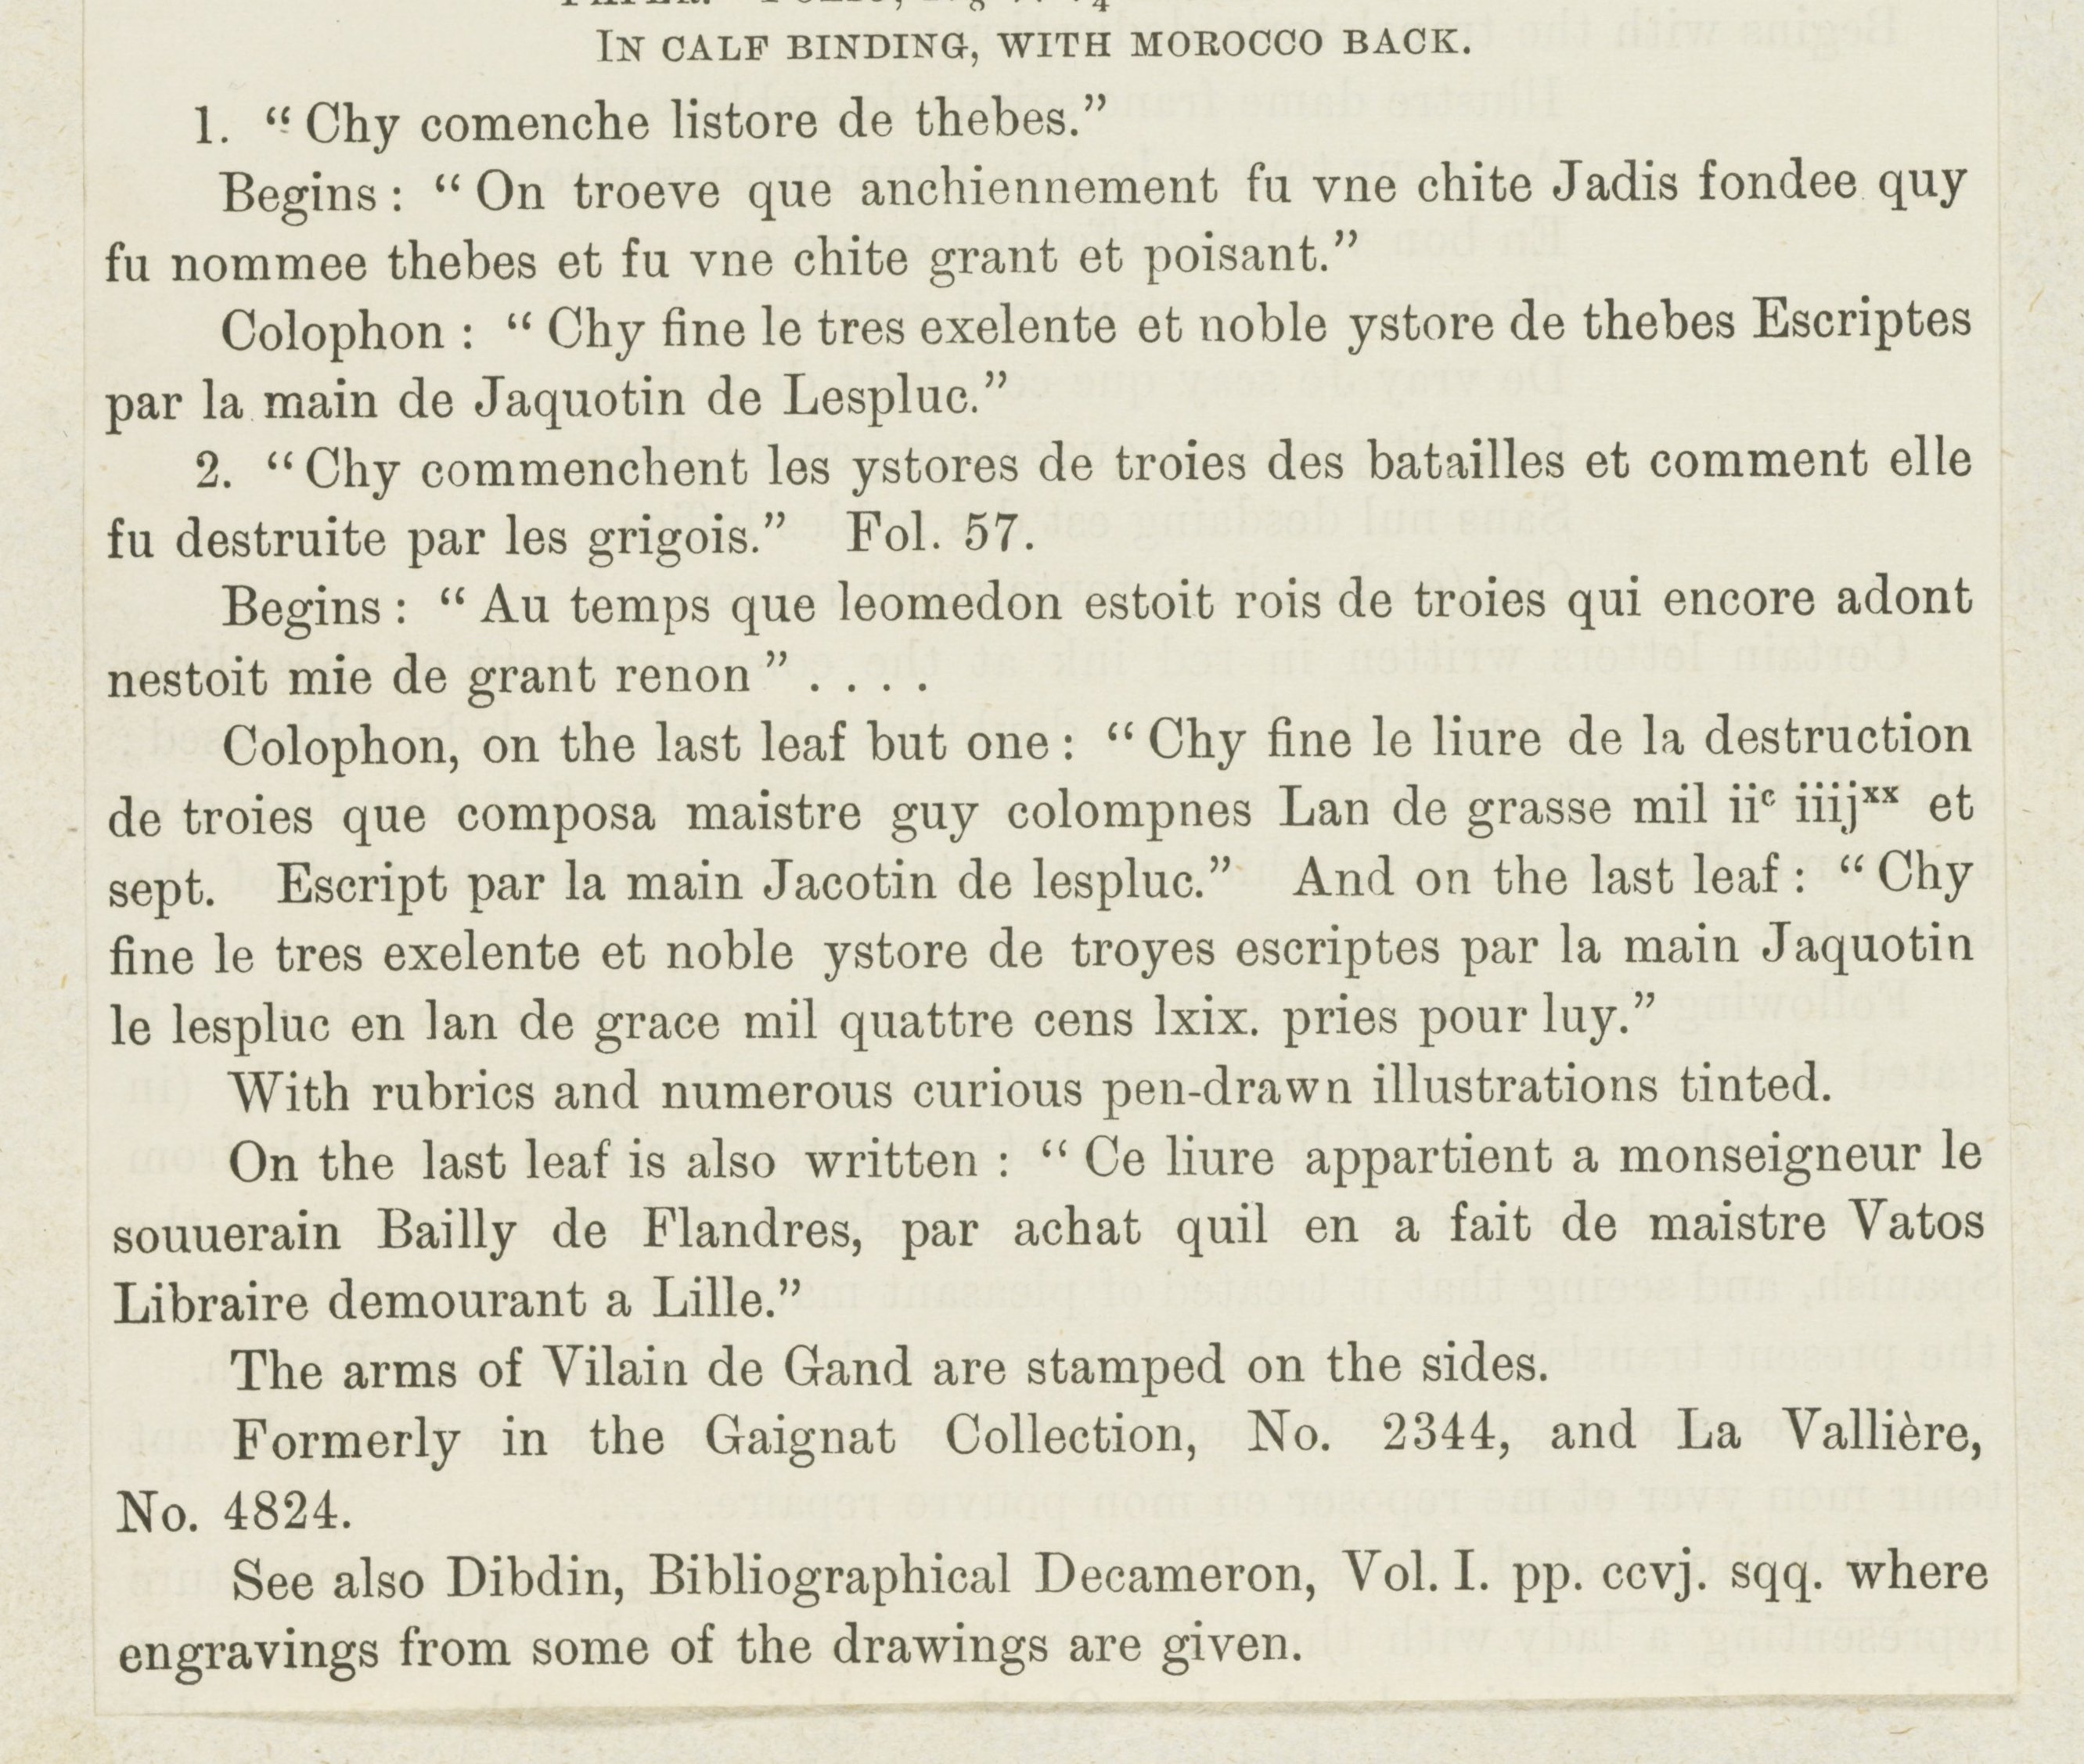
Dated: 1469–1469